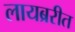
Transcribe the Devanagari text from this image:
लायब्ररीत